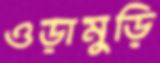
ওড়ামুড়ি